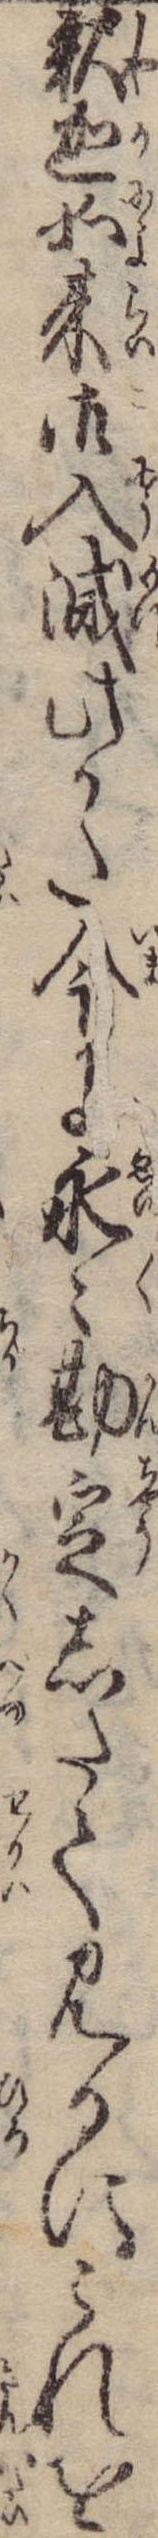
釈迦如来御入滅此かた今に永々勘定したて見るにこれを